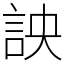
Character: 詇